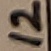
Text: 12